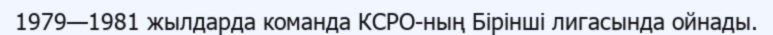
1979—1981 жылдарда команда КСРО-ның Бірінші лигасында ойнады.